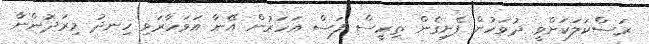
ރަސްކަލަކަށްވީ ދުވަހުން ފެށިގެން ތިރީސް ފަސް އަހަރުން އޭނާ އަވަހާރަވި ހިނދު މިރަދުންނާ